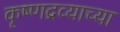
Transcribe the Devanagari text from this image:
कृष्णद्रव्याच्या